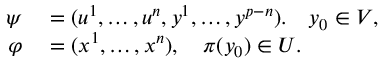
\begin{array} { r l } { \psi } & { { } = ( u ^ { 1 } , \dots , u ^ { n } , y ^ { 1 } , \dots , y ^ { p - n } ) . \quad y _ { 0 } \in V , } \\ { \varphi } & { { } = ( x ^ { 1 } , \dots , x ^ { n } ) , \quad \pi ( y _ { 0 } ) \in U . } \end{array}